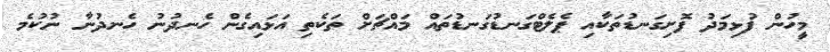
މީހުން ފުޅިމަދު ފޮށިގަނޑުތަކާއި ޕެލެޓްގަނޑުގަނޑުތައް މައްޗަށް ތަކެތި އަަޅައިގެން ހެނދުނު ހެނދުނާ ނުކުމެ